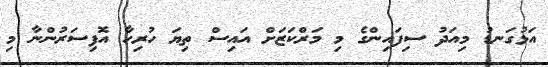
އަޅުގަނޑު މިއަދު ސިފައިންގެ މި މަރްކަޒަށް އައިސް ތިޔަ ހުރިހާ އޮފިސަރުންނާ މި